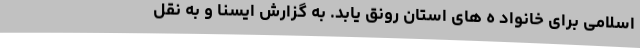
اسلامی برای خانواد ه های استان رونق یابد. به گزارش ایسنا و به نقل